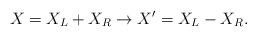
LaTeX: \begin{align*}X = X_L + X_R \rightarrow X' = X_L - X_R.\end{align*}